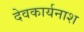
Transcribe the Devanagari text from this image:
देवकार्यनाश